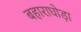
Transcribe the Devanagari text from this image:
बहाराघोड़ा